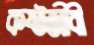
কষ্টজীবী